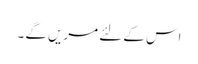
اس کے لئے مریں گے ۔